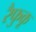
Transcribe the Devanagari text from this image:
रैफुकू